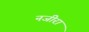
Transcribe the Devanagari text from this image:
नजीरा